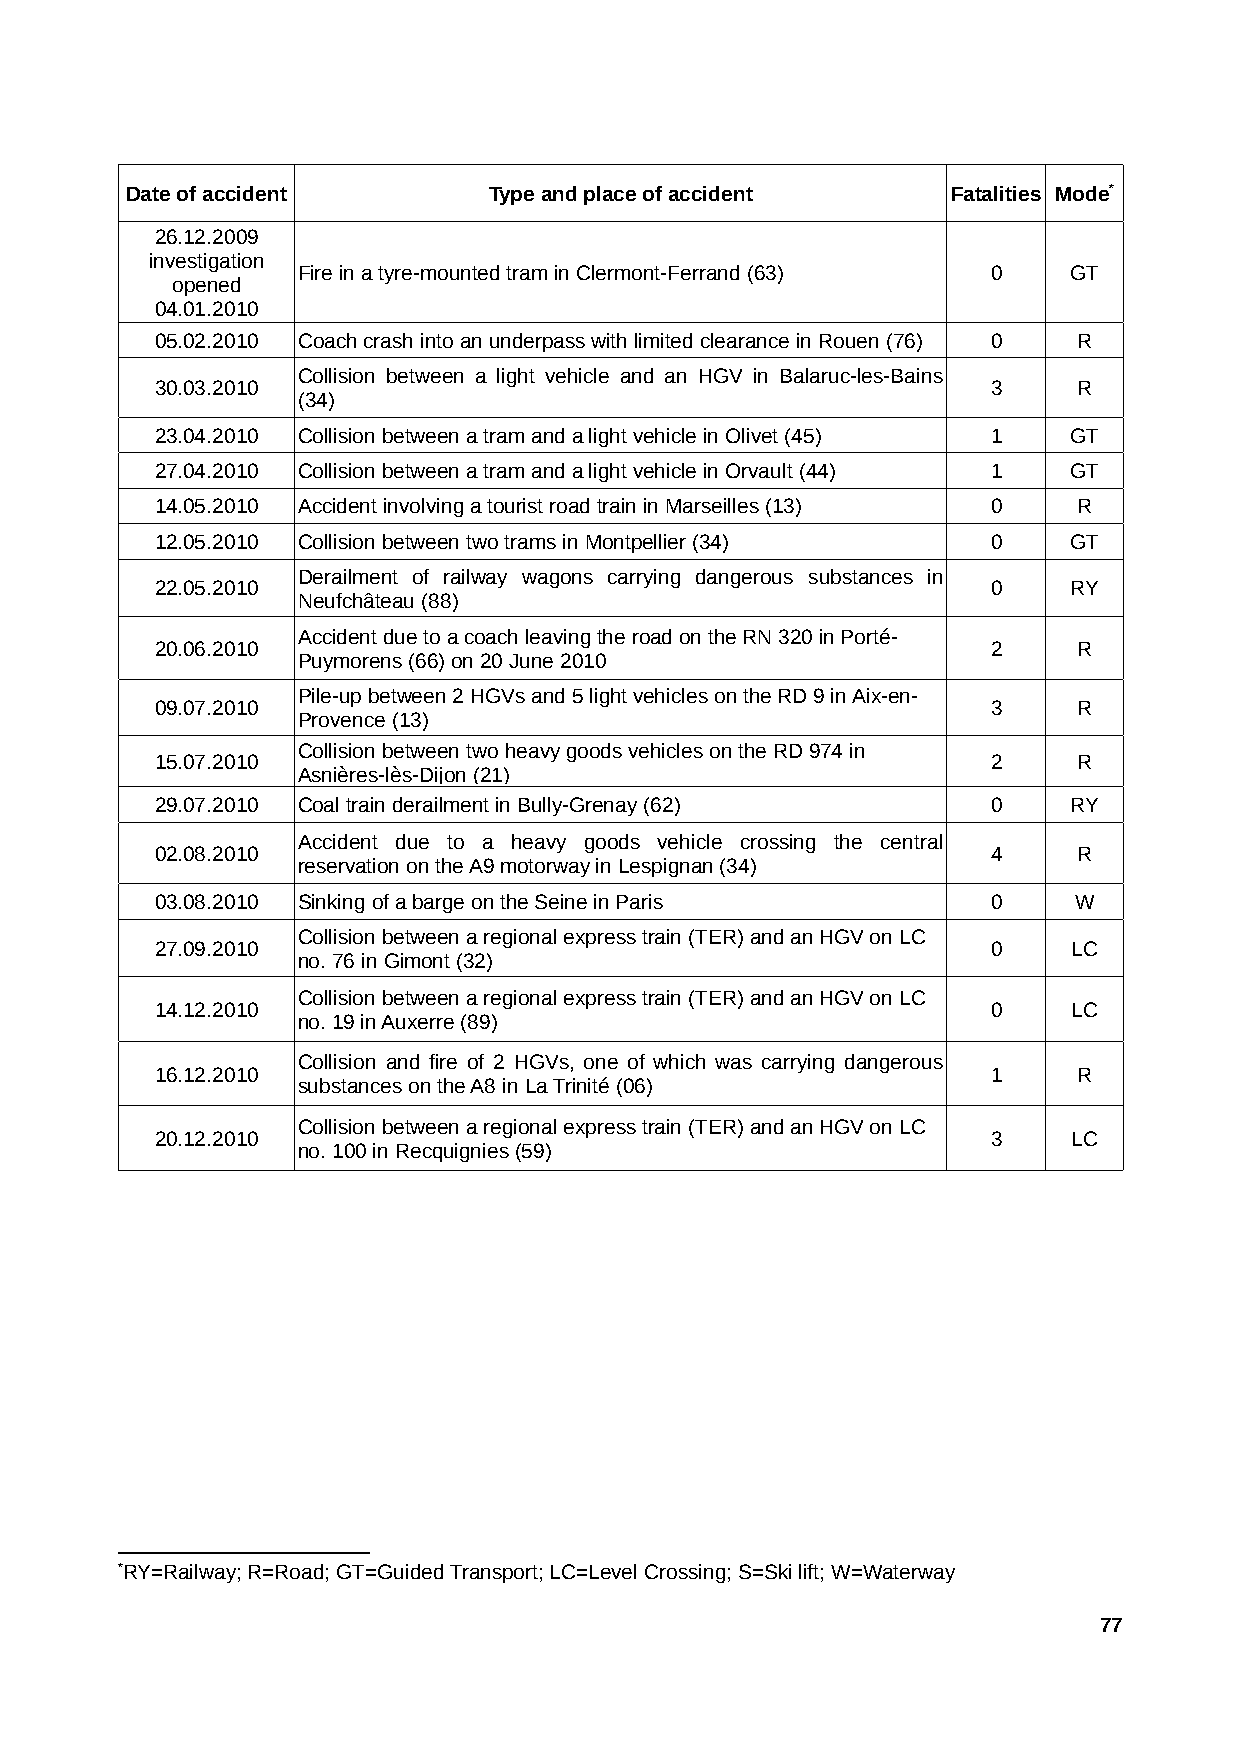
Date of accident        Type and place of accident     Fatalities Mode*
 26.12.2009
 investigation
 Fire in a tyre-mounted tram in Clermont-Ferrand (63) 0 GT
 opened
 04.01.2010
 05.02.2010 Coach crash into an underpass with limited clearance in Rouen (76) 0 R
 Collision between a light vehicle and an HGV in Balaruc-les-Bains
 30.03.2010                                              3    R
 (34)
 23.04.2010 Collision between a tram and a light vehicle in Olivet (45) 1 GT
 27.04.2010 Collision between a tram and a light vehicle in Orvault (44) 1 GT
 14.05.2010 Accident involving a tourist road train in Marseilles (13) 0 R
 12.05.2010 Collision between two trams in Montpellier (34) 0 GT
 Derailment of railway wagons carrying dangerous substances in
 22.05.2010                                              0    RY
 Neufchâteau (88)
 Accident due to a coach leaving the road on the RN 320 in Porté-
 20.06.2010                                              2    R
 Puymorens (66) on 20 June 2010
 Pile-up between 2 HGVs and 5 light vehicles on the RD 9 in Aix-en-
 09.07.2010                                              3    R
 Provence (13)
 Collision between two heavy goods vehicles on the RD 974 in
 15.07.2010                                              2    R
 Asnières-lès-Dijon (21)
 29.07.2010 Coal train derailment in Bully-Grenay (62)   0    RY
 Accident due to a heavy goods vehicle crossing the central
 02.08.2010                                              4    R
 reservation on the A9 motorway in Lespignan (34)
 03.08.2010 Sinking of a barge on the Seine in Paris     0    W
 Collision between a regional express train (TER) and an HGV on LC
 27.09.2010                                              0    LC
 no. 76 in Gimont (32)
 Collision between a regional express train (TER) and an HGV on LC
 14.12.2010                                              0    LC
 no. 19 in Auxerre (89)
 Collision and fire of 2 HGVs, one of which was carrying dangerous
 16.12.2010                                              1    R
 substances on the A8 in La Trinité (06)
 Collision between a regional express train (TER) and an HGV on LC
 20.12.2010                                              3    LC
 no. 100 in Recquignies (59)
 *RY=Railway; R=Road; GT=Guided Transport; LC=Level Crossing; S=Ski lift; W=Waterway
 77